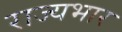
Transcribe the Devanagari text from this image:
राज्‍यभार